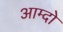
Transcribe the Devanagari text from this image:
आम्दो